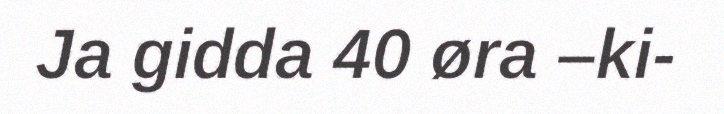
Ja gidda 40 øra –ki-